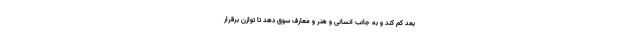
بعد کم کند و به جانب انسانی و هنر و معارف سوق دهد تا توازن برقرار